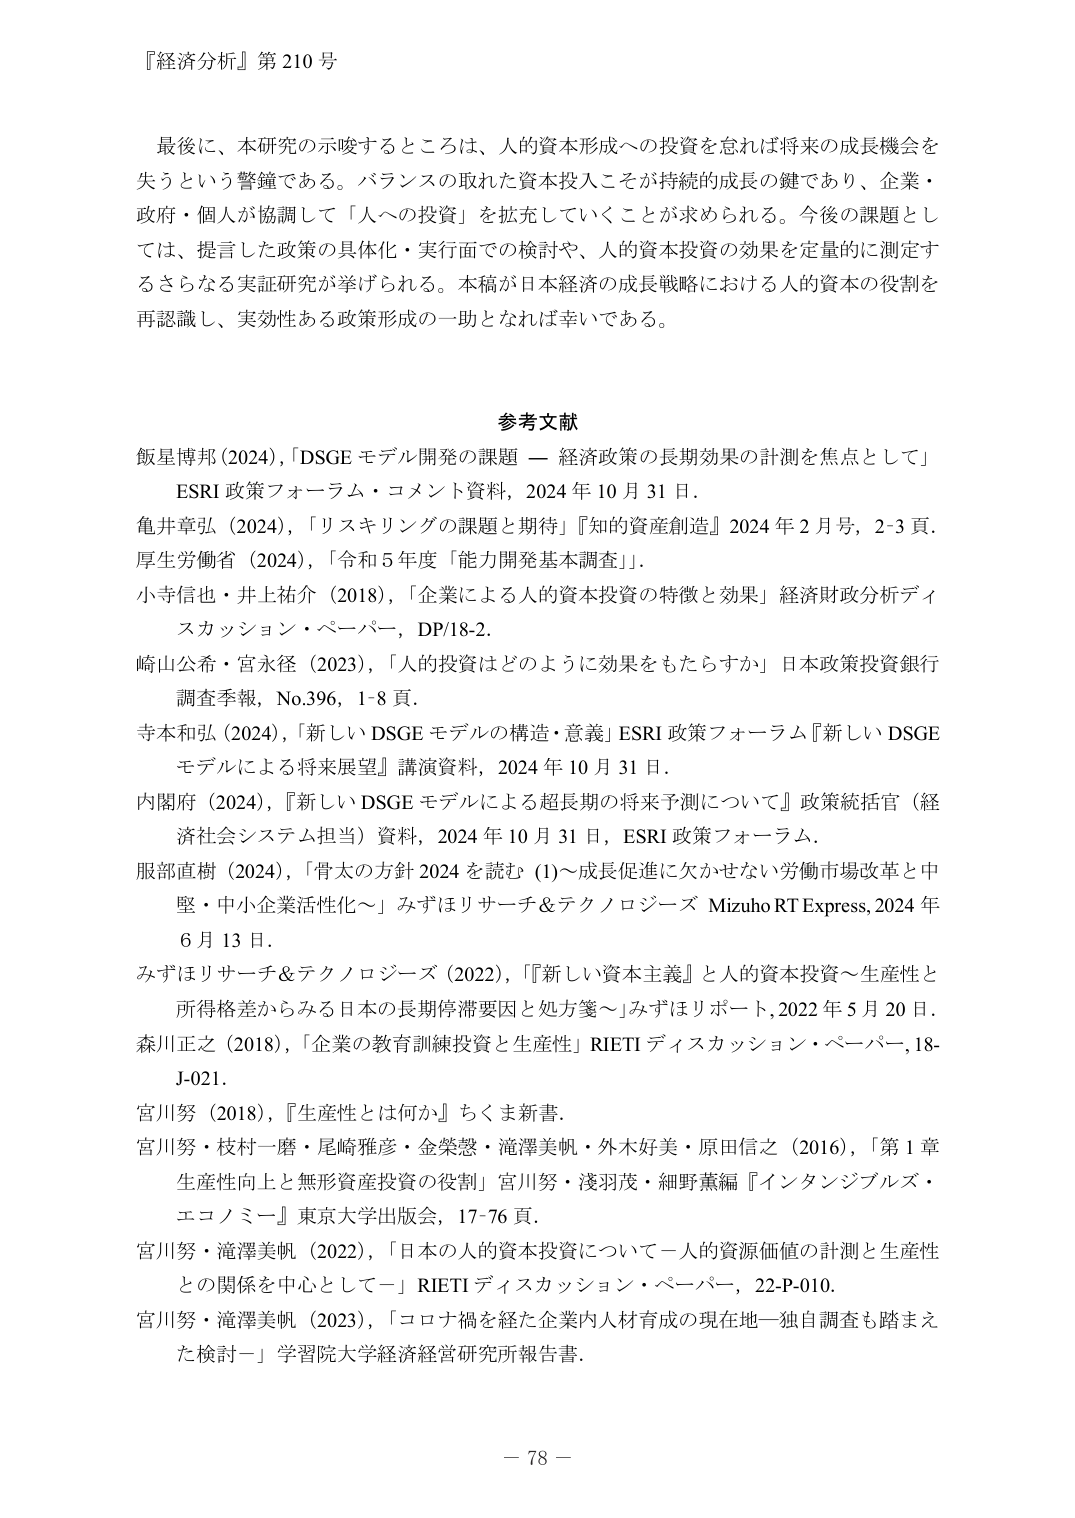
『経済分析』第210号

最後に、本研究の示唆するところは、人的資本形成への投資を怠れば将来の成長機会を失うという警鐘である。バランスの取れた資本投入こそが持続的成長の鍵であり、企業・政府・個人が協調して「人への投資」を拡充していくことが求められる。今後の課題としては、提言した政策の具体化・実行面での検討や、人的資本投資の効果を定量的に測定するさらなる実証研究が挙げられる。本稿が日本経済の成長戦略における人的資本の役割を再認識し、実効性ある政策形成の一助となれば幸いである。

参考文献

飯星博邦（2024），「DSGEモデル開発の課題 — 経済政策の長期効果の計測を焦点として」ESRI政策フォーラム・コメント資料，2024年10月31日。

亀井章弘（2024），「リスキリングの課題と期待」『知的資産創造』2024年2月号，2-3頁。

厚生労働省（2024），「令和5年度『能力開発基本調査』」。

小寺信也・井上祐介（2018），「企業による人的資本投資の特徴と効果」経済財政分析ディスカッション・ペーパー，DP/18-2。

崎山公希・宮永径（2023），「人的投資はどのように効果をもたらすか」日本政策投資銀行調査季報，No.396，1-8頁。

寺本和弘（2024），「新しいDSGEモデルの構造・意義」ESRI政策フォーラム『新しいDSGEモデルによる将来展望』講演資料，2024年10月31日。

内閣府（2024），「新しいDSGEモデルによる超長期の将来予測について」政策統括官（経済社会システム担当）資料，2024年10月31日，ESRI政策フォーラム。

服部直樹（2024），「骨太の方針2024を読む（1）～成長促進に欠かせない労働市場改革と中堅・中小企業活性化～」みずほリサーチ&テクノロジーズ Mizuho RT Express，2024年6月13日。

みずほリサーチ&テクノロジーズ（2022），「『新しい資本主義』と人的資本投資～生産性と所得格差からみる日本の長期停滞要因と処方箋～」みずほリポート，2022年5月20日。

森川正之（2018），「企業の教育訓練投資と生産性」RIETIディスカッション・ペーパー，18-J-021。

宮川努（2018），『生産性とは何か』ちくま新書。

宮川努・枝村一磨・尾崎雅彦・金榮憲・滝澤美帆・外木好美・原田信之（2016），「第1章 生産性向上と無形資産投資の役割」宮川努・淺羽茂・細野薫編『インタンジブルズ・エコノミー』東京大学出版会，17-76頁。

宮川努・滝澤美帆（2022），「日本的人的資本投資について一人の資源価値の計測と生産性との関係を中心としてー」RIETIディスカッション・ペーパー，22-P-010。

宮川努・滝澤美帆（2023），「コロナ禍を経た企業内人材育成の現在地ー独自調査も踏まえた検討ー」学習院大学経済経営研究所報告書。

－ 78 －